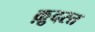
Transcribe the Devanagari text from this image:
क़़ुदरत